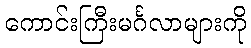
ကောင်းကြီးမင်္ဂလာများကို